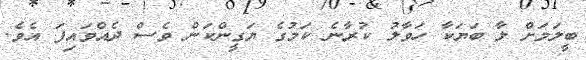
ބީލަމަށް ލާ ބަޔަކާ ހަވާލު ކުރާނެ ކަމުގެ ޔަގީންކަން ވެސް ދެއްވައިފަ އެވެ.